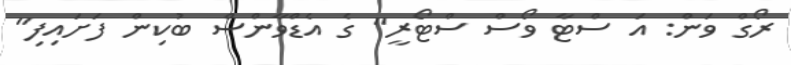
ރޯގް ވަން: އަ ސްޓާ ވޯސް ސްޓޯރީ" ގެ އެޑްވާންސް ބުކިން ފަށައިފި"